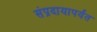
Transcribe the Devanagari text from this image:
संप्रदायापर्यंत